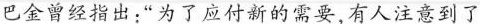
巴金曾经指出.“为了应付新的需要,有人注意到了